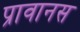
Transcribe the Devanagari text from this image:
प्रावानस